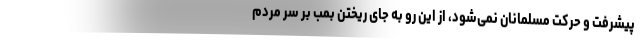
پیشرفت و حرکت مسلمانان نمی‌شود، از این رو به جای ریختن بمب بر سر مردم